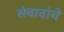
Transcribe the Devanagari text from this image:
संवादांचे